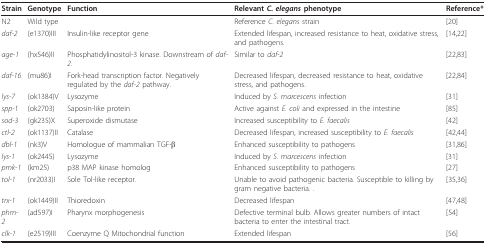
| Strain | Genotype | Function | Relevant C. elegans phenotype | Reference* |
 | --- | --- | --- | --- | --- |
 | N2 | Wild type |  | Reference C. elegans strain | [20] |
 | daf-2 | (e1370)III | Insulin-like receptor gene | Extended lifespan, increased resistance to heat, oxidative stress, and pathogens. | [14,22] |
 | age-1 | (hx546)II | Phosphatidylinositol-3 kinase. Downstream of daf-2. | Similar to daf-2 | [22,83] |
 | daf-16 | (mu86)I | Fork-head transcription factor. Negatively regulated by the daf-2 pathway. | Decreased lifespan, decreased resistance to heat, oxidative stress, and pathogens. | [22,84] |
 | lys-7 | (ok1384)V | Lysozyme | Induced by S. marcescens infection | [31] |
 | spp-1 | (ok2703) | Saposin-like protein | Active against E. coli and expressed in the intestine | [85] |
 | sod-3 | (gk235)X | Superoxide dismutase | Increased susceptibility to E. faecalis | [42] |
 | ctl-2 | (ok1137)II | Catalase | Decreased lifespan, increased susceptibility to E. faecalis | [42,44] |
 | dbl-1 | (nk3)V | Homologue of mammalian TGF-β | Enhanced susceptibility to pathogens | [31,86] |
 | lys-1 | (ok2445) | Lysozyme | Induced by S. marcescens infection | [31] |
 | pmk-1 | (km25) | p38 MAP kinase homolog | Enhanced susceptibility to pathogens | [27] |
 | tol-1 | (nr2033)I | Sole Tol-like receptor. | Unable to avoid pathogenic bacteria. Susceptible to killing by gram negative bacteria. . | [35,36] |
 | trx-1 | (ok1449)II | Thioredoxin | Decreased lifespan | [47,48] |
 | phm-2 | (ad597)I | Pharynx morphogenesis | Defective terminal bulb. Allows greater numbers of intact bacteria to enter the intestinal tract. | [54] |
 | clk-1 | (e2519)III | Coenzyme Q Mitochondrial function | Extended lifespan | [56] |